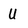
Character: U